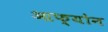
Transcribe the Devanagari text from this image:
आफ्योन